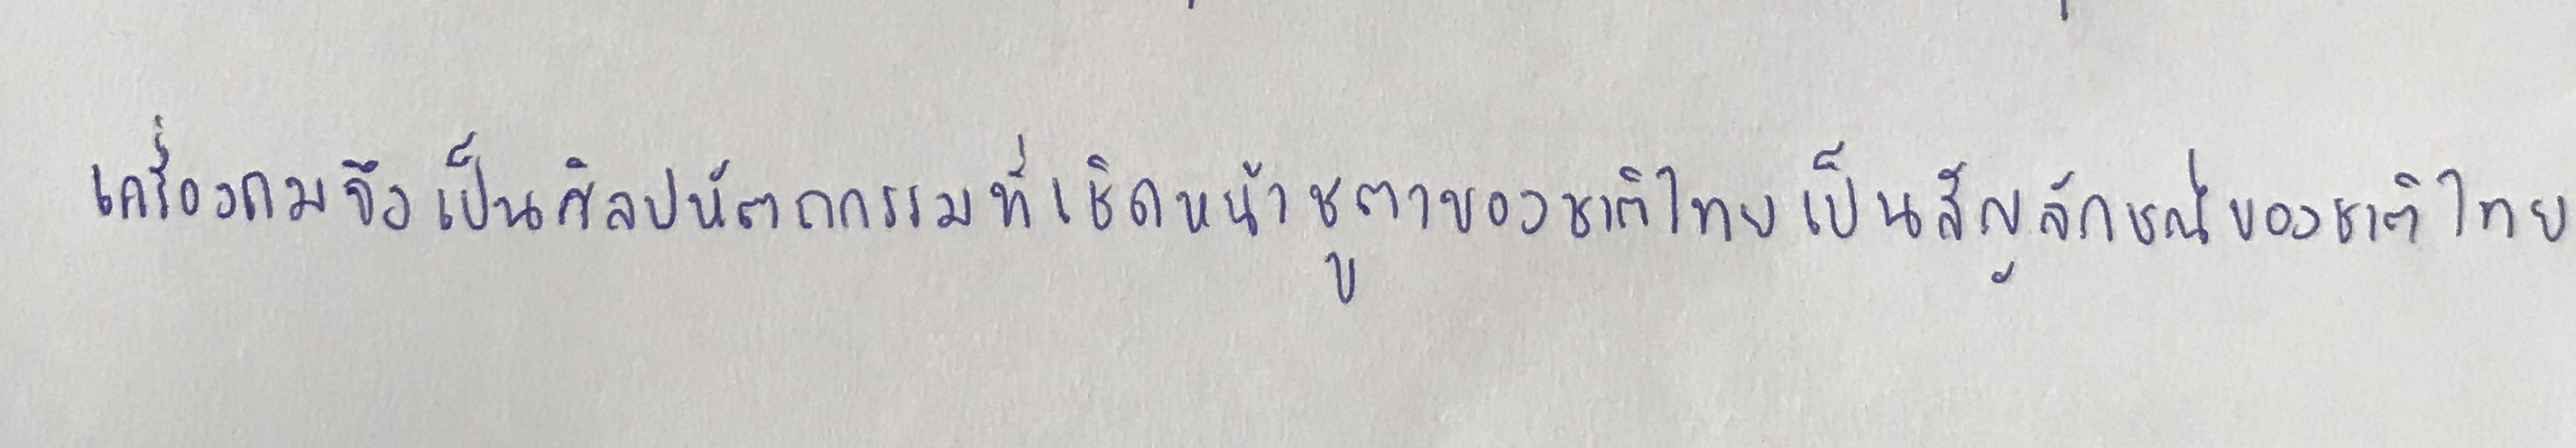
เครื่องถมจึงเป็นศิลปหัตถกรรมที่เชิดหน้าชูตาของชาติไทยเป็นสัญลักษณ์ของชาติไทย